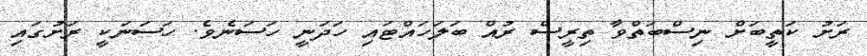
ރަށު ކަތީބަށް ނިސްބަތްވާ ތިރީސް ރުއް ބަލަހައްޓައި ހަދަނީ ހަސަނެވެ. ހަސަނަކީ ރަށުގައި